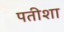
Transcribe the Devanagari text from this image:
पतीशा